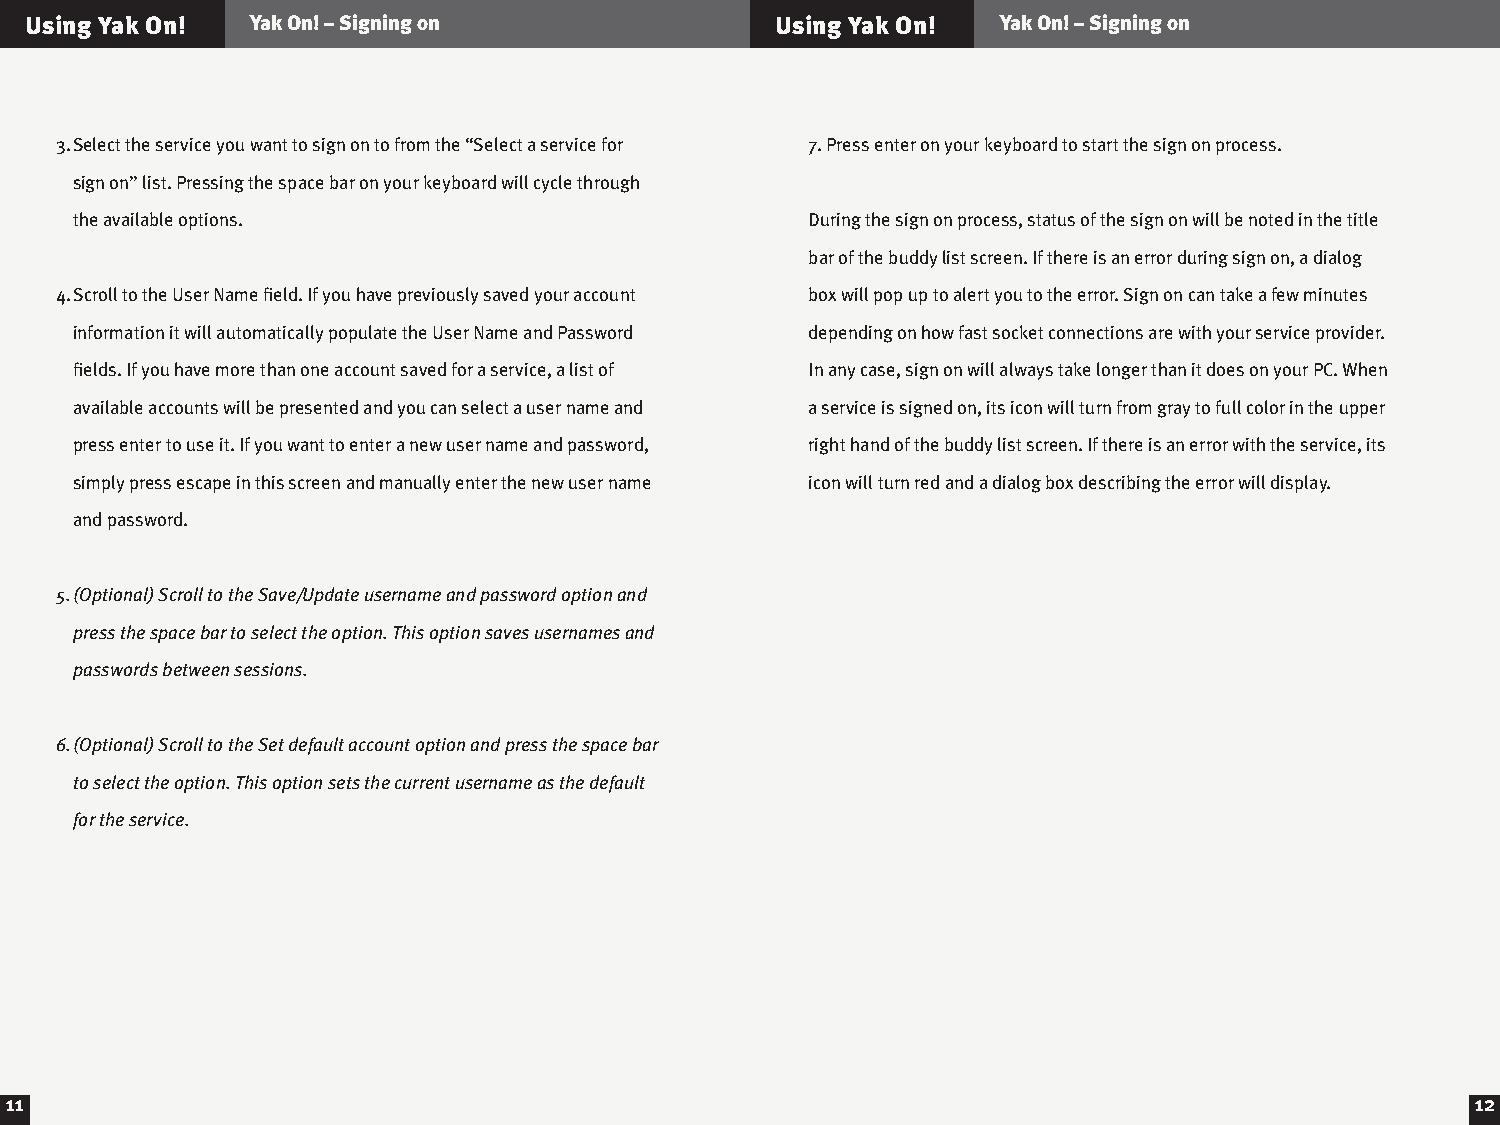
Using Yak On!  Yak On! – Signing on              Using Yak On!  Yak On! – Signing on
 3. Select the service you want to sign on to from the “Select a service for 7. Press enter on your keyboard to start the sign on process.
 sign on” list. Pressing the space bar on your keyboard will cycle through
 the available options.                           During the sign on process, status of the sign on will be noted in the title
 bar of the buddy list screen. If there is an error during sign on, a dialog
 4. Scroll to the User Name field. If you have previously saved your account box will pop up to alert you to the error. Sign on can take a few minutes
 information it will automatically populate the User Name and Password depending on how fast socket connections are with your service provider.
 fields. If you have more than one account saved for a service, a list of In any case, sign on will always take longer than it does on your PC. When
 available accounts will be presented and you can select a user name and a service is signed on, its icon will turn from gray to full color in the upper
 press enter to use it. If you want to enter a new user name and password, right hand of the buddy list screen. If there is an error with the service, its
 simply press escape in this screen and manually enter the new user name icon will turn red and a dialog box describing the error will display.
 and password.
 5. (Optional) Scroll to the Save/Update username and password option and
 press the space bar to select the option. This option saves usernames and
 passwords between sessions.
 6. (Optional) Scroll to the Set default account option and press the space bar
 to select the option. This option sets the current username as the default
 for the service.
 11                                                                                                12